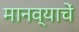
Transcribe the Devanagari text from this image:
मानव्याचें